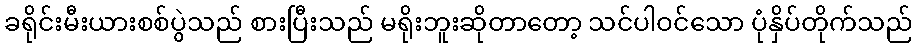
ခရိုင်းမီးယားစစ်ပွဲသည် စားပြီးသည် မရိုးဘူးဆိုတာတော့ သင်ပါဝင်သော ပုံနှိပ်တိုက်သည်